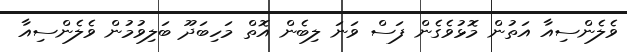
ވެލެންސިއާ އަތުން މޮޅުވެގެން ފަސް ވަނަ ލިބެން އޮތް މަހިބަދޫ ބަލިވުމުން ވެލެންސިއާ